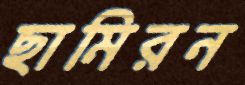
ছামিরন